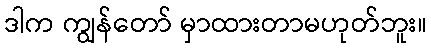
ဒါက ကျွန်တော် မှာထားတာမဟုတ်ဘူး။